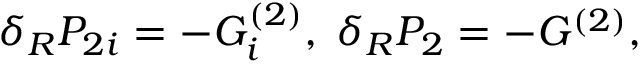
\delta _ { R } { \cal P } _ { 2 i } = - G _ { i } ^ { ( 2 ) } , \; \delta _ { R } P _ { 2 } = - G ^ { ( 2 ) } ,